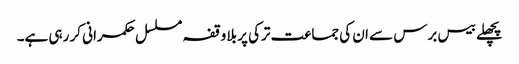
پچھلے بیس برس سے ان کی جماعت ترکی پر بلا وقفہ مسلسل حکمرانی کر رہی ہے۔